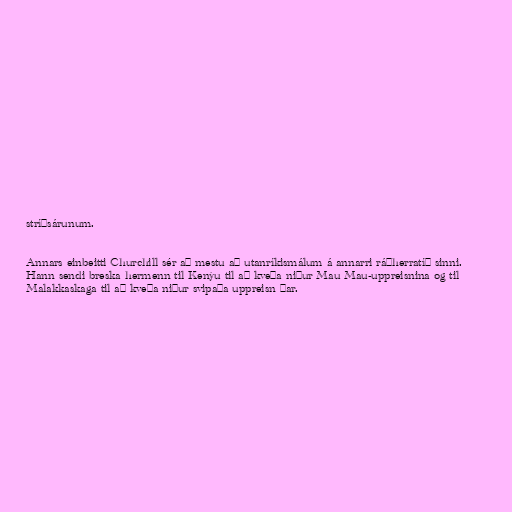
stríðsárunum.

Annars einbeitti Churchill sér að mestu að utanríkismálum á annarri ráðherratíð sinni.
Hann sendi breska hermenn til Kenýu til að kveða niður Mau Mau-uppreisnina og til
Malakkaskaga til að kveða niður svipaða uppreisn þar.